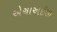
એચાઅઈજી